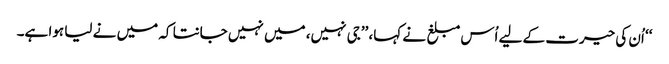
‘‘ اُن کی حیرت کے لیے اُس مبلغ نے کہا، ’’جی نہیں، میں نہیں جانتا کہ میں نے لیا ہوا ہے۔